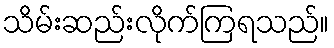
သိမ်းဆည်းလိုက်ကြရသည်။